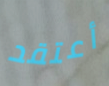
أعتقد